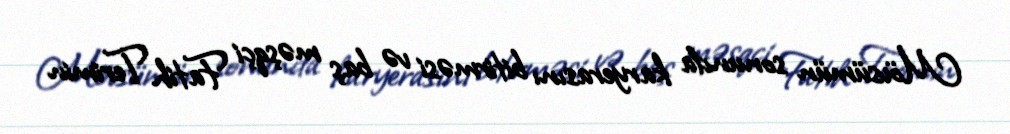
Mövsümün sonunda karyerasını bitirməsi və baş məşqçi Fatih Terimin